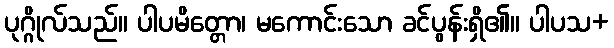
ပုဂ္ဂိုလ်သည်။ ပါပမိတ္တော၊ မကောင်းသော ခင်ပွန်းရှိ၏။ ပါပသ+